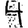
Digit: 4